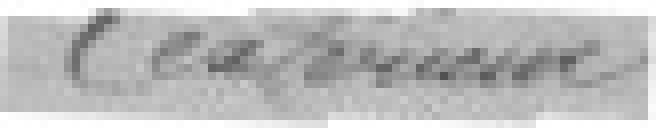
extérieures